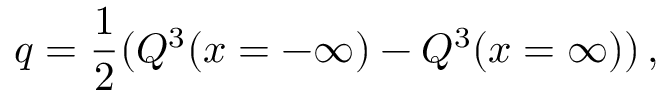
q = { \frac { 1 } { 2 } } ( Q ^ { 3 } ( x = - \infty ) - Q ^ { 3 } ( x = \infty ) ) \, ,